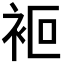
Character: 𧙅